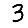
Digit: 3